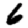
Digit: 6